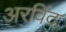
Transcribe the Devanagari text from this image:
अरविंद